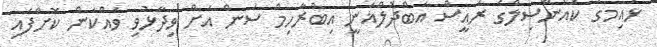
ޅައިމގު ކައުންސިލްގެ ރައީސް އަބްދުލްޣަނީ އިބްރާހިމް ސަން އަށް ވިދާޅުވި ވައްކަން ކޮށްފައި